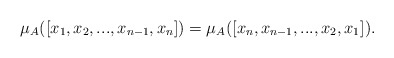
\begin{align*} \mu_A ([x_1,x_2,...,x_{n-1},x_n])= \mu_A ([x_n,x_{n-1},...,x_2,x_1]).\end{align*}